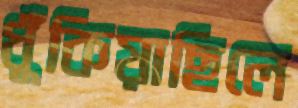
ধুঁকিয়াছিলে